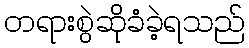
တရားစွဲဆိုခံခဲ့ရသည်